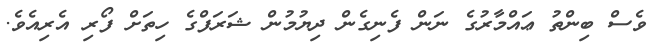
ވެސް ބިންތު ޢައްމާރުގެ ނަން ފެނިގެން ދިޔުމުން ޝަރަފްގެ ހިތަށް ފޯރި އެރިއެވެ.